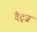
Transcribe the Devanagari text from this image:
दैट्ज़